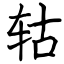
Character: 轱